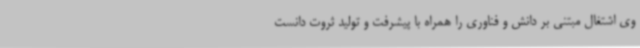
وی اشتغال مبتنی بر دانش و فناوری را همراه با پیشرفت و تولید ثروت دانست